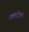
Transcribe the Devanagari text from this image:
रक्तदोहन